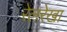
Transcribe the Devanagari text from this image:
रेलरेखा